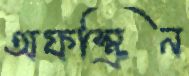
অফস্ক্রিন